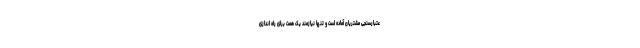
عتبارسنجی مشتریان آماده است و تنها نیازمند یک همت برای راه اندازی